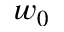
w _ { 0 }